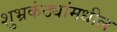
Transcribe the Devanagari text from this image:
शुभ्रकंठ्यांमधील